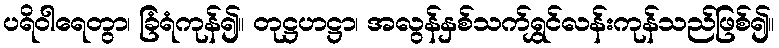
ပရိဝါရေတွာ၊ ခြံရံကုန်၍။ တုဋ္ဌဟဋ္ဌာ၊ အလွန်နှစ်သက်ရွှင်လန်းကုန်သည်ဖြစ်၍။